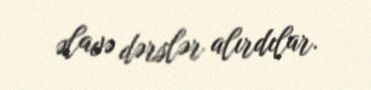
əlavə dərslər alırdılar.